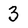
Character: 3